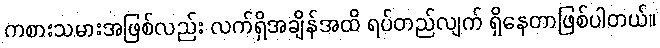
ကစားသမားအဖြစ်လည်း လက်ရှိအချိန်အထိ ရပ်တည်လျက် ရှိနေတာဖြစ်ပါတယ်။